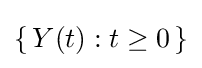
\{\,Y(t):t\geq 0\,\}